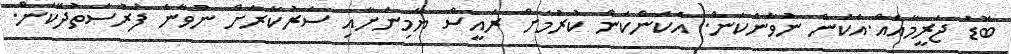
ބޮޑު ޖަރީމާއެއް.އެކަން ނުވާނެކަން. އެކަންކަން ކުރުމަށް ރައީސް ޔާމިނަށާއި ސަރުކާރަށް ނުވާނެ ފުރުސަތުދޭކަން.